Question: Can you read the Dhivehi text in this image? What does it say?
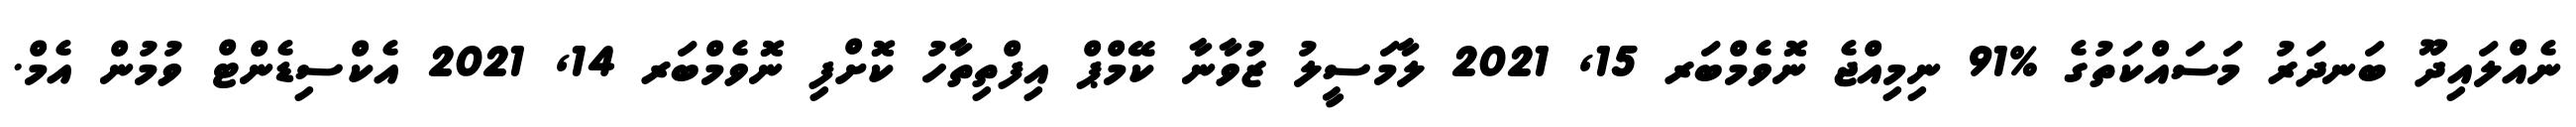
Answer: ނެއްލައިދޫ ބަނދަރު މަސައްކަތުގެ %91 ނިމިއްޖެ ނޮވެމްބަރ 15, 2021 ލާމަސީލު ޒުވާނާ ކޭމްޕް އިފްތިތާހު ކޮށްފި ނޮވެމްބަރ 14, 2021 އެކްސިޑެންޓް ވުމުން އެމް.